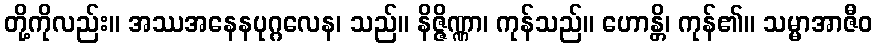
တို့ကိုလည်း။ အဿအနေနပုဂ္ဂလေန၊ သည်။ နိဇ္ဇိဏ္ဏာ၊ ကုန်သည်။ ဟောန္တိ၊ ကုန်၏။ သမ္မာအာဇီဝ